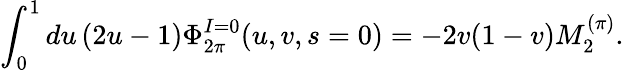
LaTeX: \int_{0}^{1}du\, (2u-1)\Phi_{2\pi}^{I=0}(u,v,s=0)=-2v(1-v)M_{2}^{(\pi)}.